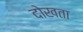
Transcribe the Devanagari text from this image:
दोखता